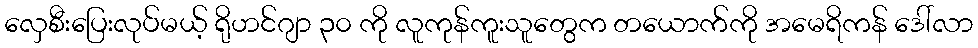
လှေစီးပြေးလုပ်မယ့် ရိုဟင်ဂျာ ၃၀ ကို လူကုန်ကူးသူတွေက တယောက်ကို အမေရိကန် ဒေါ်လာ